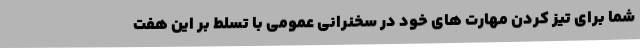
شما برای تیز کردن مهارت های خود در سخنرانی عمومی با تسلط بر این هفت